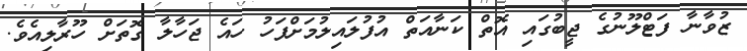
ޒުވާނާ ފަޓްލޫނުގެ ޖީބުގައި އޮތް ކަނާއަތް އުފުލައިލުމަށްފަހު ހައެ ޖަހާލާ ގޮތަށް ހޫރާލިއެވެ.